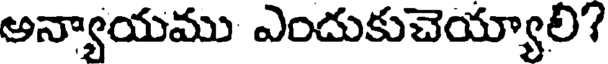
అన్యాయము ఎందుకుచెయ్యాలి?